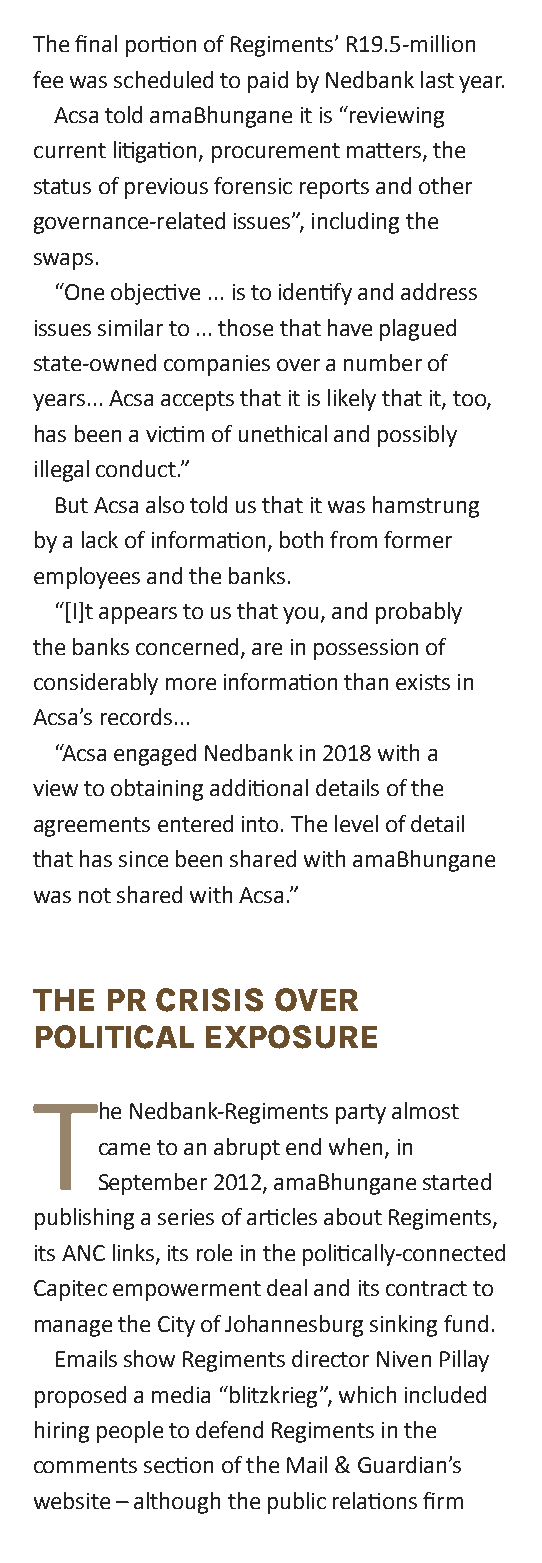
The final portion of Regiments’ R19.5-million
 fee was scheduled to paid by Nedbank last year.
 Acsa told amaBhungane it is “reviewing
 current litigation, procurement matters, the
 status of previous forensic reports and other
 governance-related issues”, including the
 swaps.
 “one objective ... is to identify and address
 issues similar to ... those that have plagued
 state-owned companies over a number of
 years... Acsa accepts that it is likely that it, too,
 has been a victim of unethical and possibly
 illegal conduct.”
 But Acsa also told us that it was hamstrung
 by a lack of information, both from former
 employees and the banks.
 “[I]t appears to us that you, and probably
 the banks concerned, are in possession of
 considerably more information than exists in
 Acsa’s records...
 “Acsa engaged Nedbank in 2018 with a
 view to obtaining additional details of the
 agreements entered into. The level of detail
 that has since been shared with amaBhungane
 was not shared with Acsa.”
 The  pr criSiS  OVer
 pOliTical   eXpOSure
 T
 he Nedbank-Regiments party almost
 came to an abrupt end when, in
 September 2012, amaBhungane started
 publishing a series of articles about Regiments,
 its ANC links, its role in the politically-connected
 Capitec empowerment deal and its contract to
 manage the City of Johannesburg sinking fund.
 emails show Regiments director Niven Pillay
 proposed a media “blitzkrieg”, which included
 hiring people to defend Regiments in the
 comments section of the Mail & guardian’s
 website – although the public relations firm